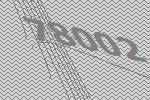
78002